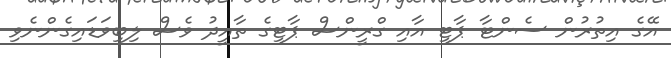
އޭގެ އިތުރުން ސެންޓާ ޕާޓީ އާއި ގްރީންސް ޕާޓީގެ ތާއީދު ވެސް ލިބިވަޑައިގެންނެވި